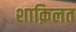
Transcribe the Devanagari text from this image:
शाक़िलत